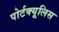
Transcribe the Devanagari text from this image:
पोर्टक्यूलिस